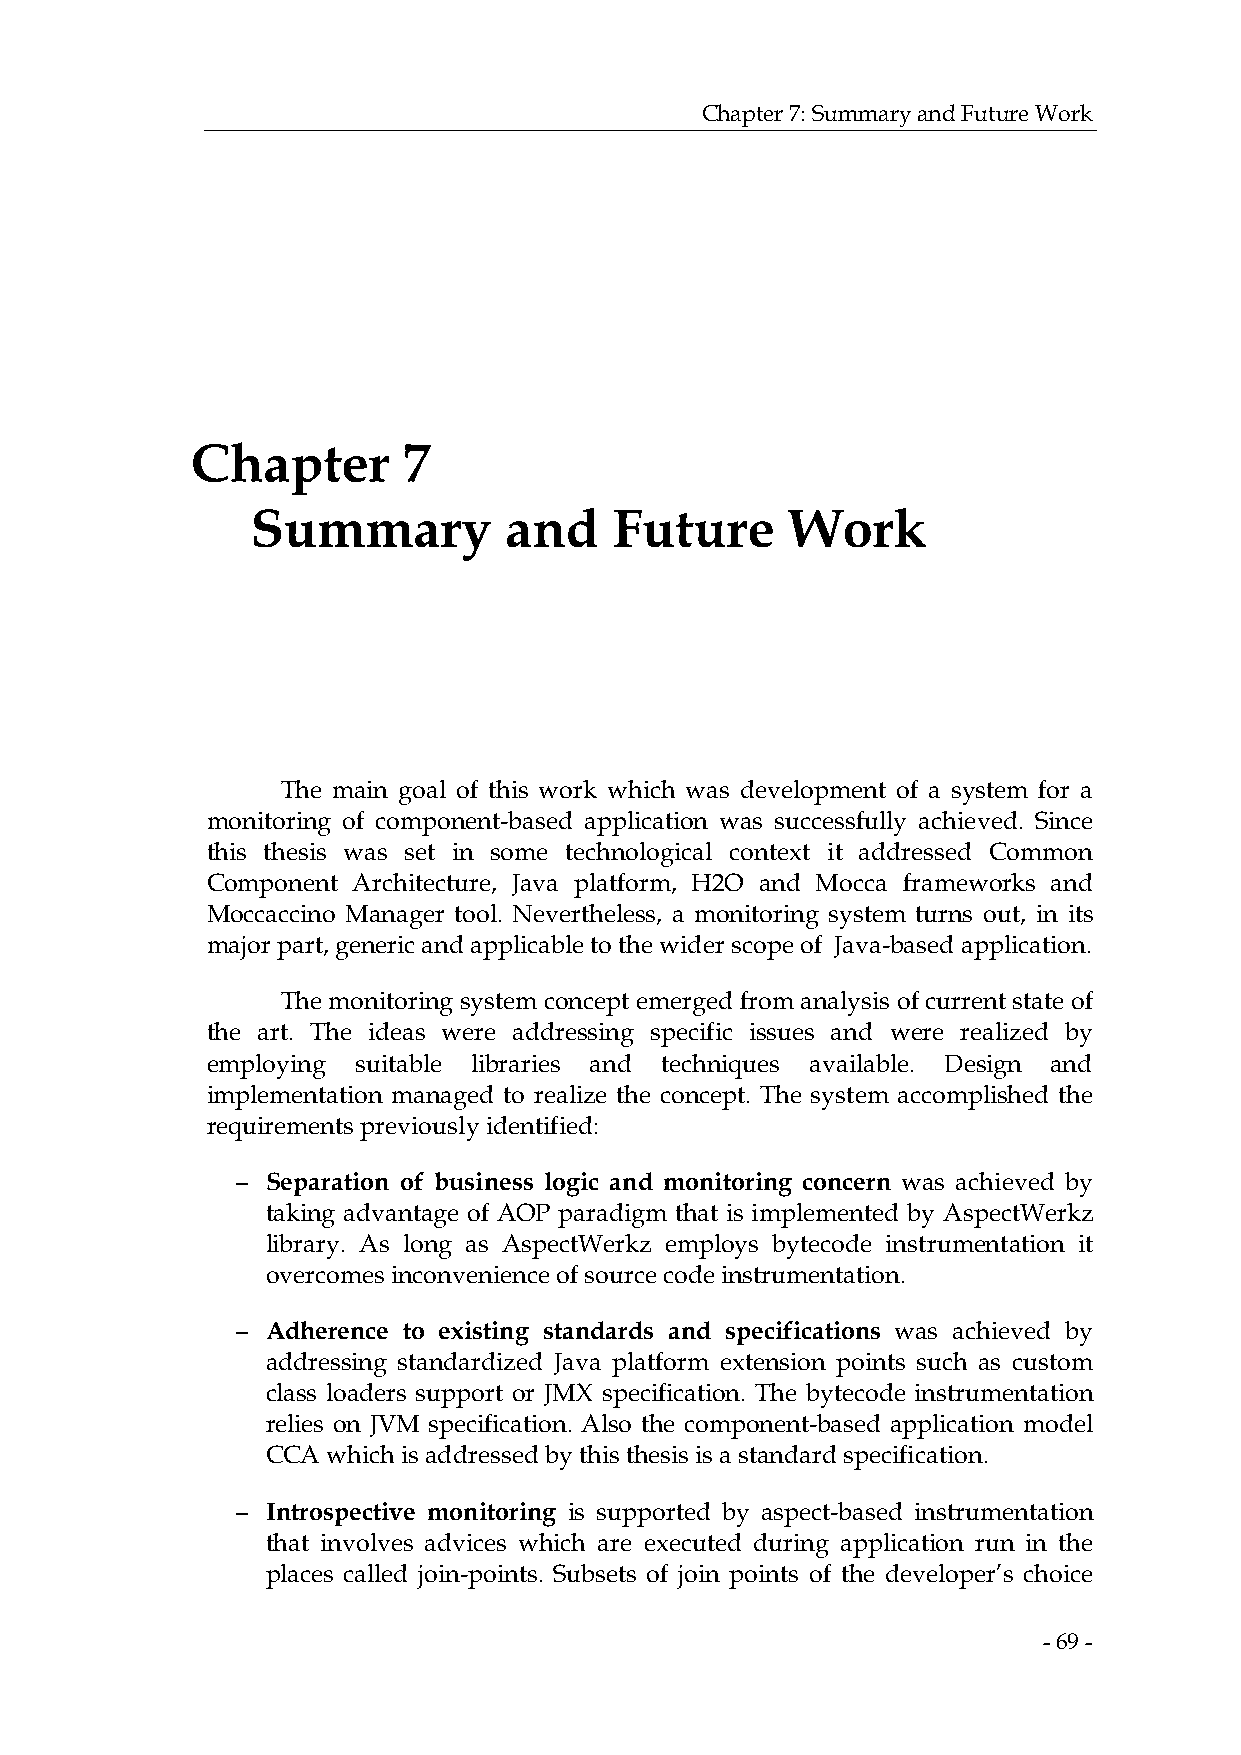
Chapter 7: Summary and Future Work
 Chapter       7
 Summary         and     Future     Work
 The main goal of this work which was development of a system for a
 monitoring of component-based application was successfully achieved. Since
 this thesis was set in some technological context it addressed Common
 Component Architecture, Java platform, H2O and Mocca frameworks and
 Moccaccino Manager tool. Nevertheless, a monitoring system turns out, in its
 major part, generic and applicable to the wider scope of Java-based application.
 The monitoring system concept emerged from analysis of current state of
 the art. The ideas were addressing specific issues and were realized by
 employing suitable libraries and techniques available. Design and
 implementation managed to realize the concept. The system accomplished the
 requirements previously identified:
 − Separation of business logic and monitoring concern was achieved by
 taking advantage of AOP paradigm that is implemented by AspectWerkz
 library. As long as AspectWerkz employs bytecode instrumentation it
 overcomes inconvenience of source code instrumentation.
 − Adherence to existing standards and specifications was achieved by
 addressing standardized Java platform extension points such as custom
 class loaders support or JMX specification. The bytecode instrumentation
 relies on JVM specification. Also the component-based application model
 CCA which is addressed by this thesis is a standard specification.
 − Introspective monitoring is supported by aspect-based instrumentation
 that involves advices which are executed during application run in the
 places called join-points. Subsets of join points of the developer’s choice
 - 69 -